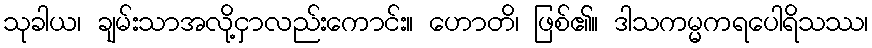
သုခါယ၊ ချမ်းသာအလို့ငှာလည်းကောင်း။ ဟောတိ၊ ဖြစ်၏။ ဒါသကမ္မကရပေါရိသဿ၊